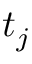
t _ { j }